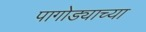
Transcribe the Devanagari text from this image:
पागोड्याच्या